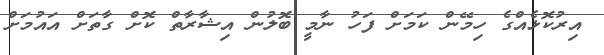
އިރުކޮޅެއްގެ ހިމޭން ކަމަށް ފަހު ނާމީ ބޮލުން އިޝާރާތް ކޮށް ގާތަށް އައުމަށް